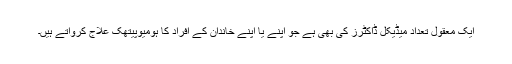
ایک معقول تعداد میڈیکل ڈاکٹرز کی بھی ہے جو اپنے یا اپنے خاندان کے افراد کا ہومیوپیتھک علاج کرواتے ہیں۔